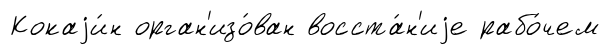
Кокаjи́н орган'изо́ван восста́н'иjе рабо́чем